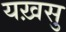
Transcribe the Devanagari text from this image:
यख़सु